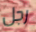
رجل